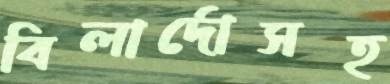
বিলার্দোসহ